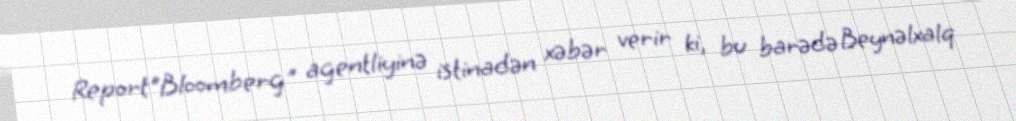
Report"Bloomberg" agentliyinə istinadən xəbər verir ki, bu barədə Beynəlxalq